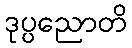
ဒုပ္ပညောတိ